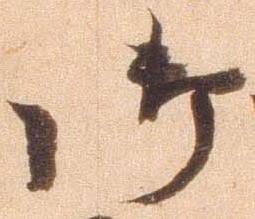
御